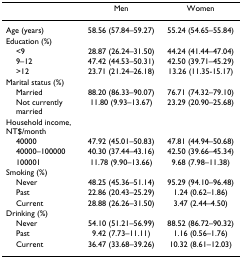
<table><thead><tr><td></td><td><b>Men</b></td><td><b>Women</b></td></tr></thead><tbody><tr><td>Age (years)</td><td>58.56 (57.84–59.27)</td><td>55.24 (54.65–55.84)</td></tr><tr><td>Education (%)</td><td></td><td></td></tr><tr><td> &lt;9</td><td>28.87 (26.24–31.50)</td><td>44.24 (41.44–47.04)</td></tr><tr><td> 9–12</td><td>47.42 (44.53–50.31)</td><td>42.50 (39.71–45.29)</td></tr><tr><td> &gt;12</td><td>23.71 (21.24–26.18)</td><td>13.26 (11.35-15.17)</td></tr><tr><td>Marital status (%)</td><td></td><td></td></tr><tr><td> Married</td><td>88.20 (86.33–90.07)</td><td>76.71 (74.32–79.10)</td></tr><tr><td> Not currently married</td><td>11.80 (9.93–13.67)</td><td>23.29 (20.90–25.68)</td></tr><tr><td>Household income, NT$/month</td><td></td><td></td></tr><tr><td> 40000</td><td>47.92 (45.01–50.83)</td><td>47.81 (44.94–50.68)</td></tr><tr><td> 40000–100000</td><td>40.30 (37.44–43.16)</td><td>42.50 (39.66–45.34)</td></tr><tr><td> 100001</td><td>11.78 (9.90–13.66)</td><td>9.68 (7.98–11.38)</td></tr><tr><td>Smoking (%)</td><td></td><td></td></tr><tr><td> Never</td><td>48.25 (45.36–51.14)</td><td>95.29 (94.10–96.48)</td></tr><tr><td> Past</td><td>22.86 (20.43–25.29)</td><td>1.24 (0.62–1.86)</td></tr><tr><td> Current</td><td>28.88 (26.26–31.50)</td><td>3.47 (2.44–4.50)</td></tr><tr><td>Drinking (%)</td><td></td><td></td></tr><tr><td> Never</td><td>54.10 (51.21–56.99)</td><td>88.52 (86.72–90.32)</td></tr><tr><td> Past</td><td>9.42 (7.73–11.11)</td><td>1.16 (0.56–1.76)</td></tr><tr><td> Current</td><td>36.47 (33.68–39.26)</td><td>10.32 (8.61–12.03)</td></tr></tbody></table>